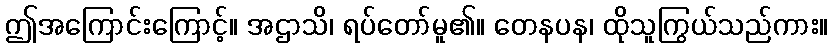
ဤအကြောင်းကြောင့်။ အဌာသိ၊ ရပ်တော်မူ၏။ တေနပန၊ ထိုသူကြွယ်သည်ကား။